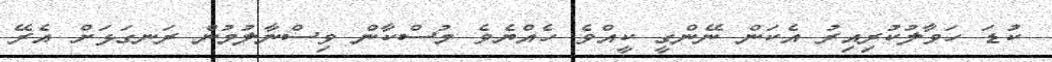
ކުޑަ ހަވާލުކުރިއިރު އެކަން ނޭންގީ ކީއްވެ ހެއްޔެވެ މުސްކާން ވިސްނާލުމުން ރަނގަޅަށް އެރޭ